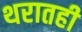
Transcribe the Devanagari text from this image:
थरातही